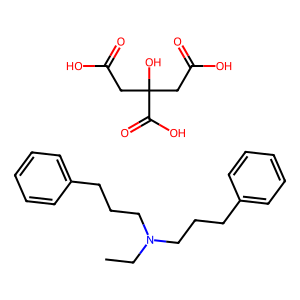
SMILES: CCN(CCCc1ccccc1)CCCc1ccccc1.O=C(O)CC(O)(CC(=O)O)C(=O)O
Inhibits HIV replication: No